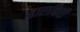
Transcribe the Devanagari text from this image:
हाराकिरी